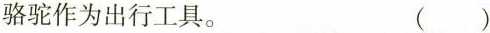
骆驼作为出行工具。 ( )